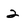
Character: 2